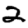
Digit: 2